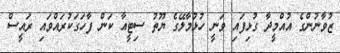
ޒުވާނުންގެ އުއްމީދާ ގުޅިފައި ވަނީ ހުޅުމާލޭގެ ޔޫތު ސިޓީއާ ކަން ފާހަގަކުރައްވައި ރައީސް